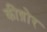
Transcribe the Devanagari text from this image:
कीष़ोर